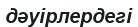
дәуірлердегі